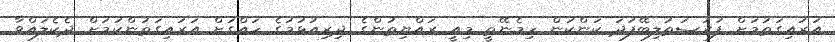
އަރައިގަތުމަށް ފުރުސަތުލިބޭފަދަ ކަންކަން ހިމެނޭތީ މިއީ ރައްޔިތުންގެ ދިރިއުޅުމުގެ ހައްގަށް އަރައިގަތުންކަމަށް ދެކެލައްވާ